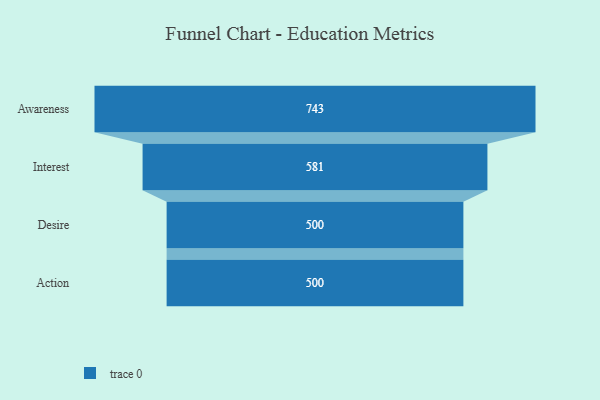
{"axis": {"x": "Stage", "y": "Value"}, "legend": [""], "data": [{"x": "Awareness", "y": 743.0, "type": ""}, {"x": "Interest", "y": 581.0, "type": ""}, {"x": "Desire", "y": 500, "type": ""}, {"x": "Action", "y": 500, "type": ""}]}